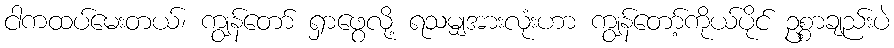
ငါကထပ်မေးတယ်၊ ကျွန်တော် ရှာဖွေလို့ ရသမျှအားလုံးဟာ ကျွန်တော့်ကိုယ်ပိုင် ဥစ္စာချည်းပဲ